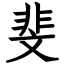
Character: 斐